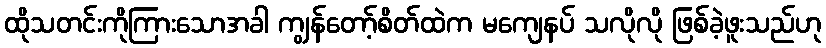
ထိုသတင်းကိုကြားသောအခါ ကျွန်တော့်စိတ်ထဲက မကျေနပ် သလိုလို ဖြစ်ခဲ့ဖူးသည်ဟု